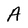
Character: A